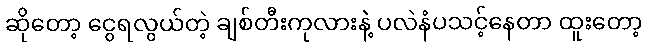
ဆိုတော့ ငွေရလွယ်တဲ့ ချစ်တီးကုလားနဲ့ ပလဲနံပသင့်နေတာ ထူးတော့